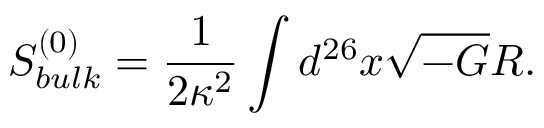
S _ { b u l k } ^ { ( 0 ) } = { \frac { 1 } { 2 \kappa ^ { 2 } } } \int d ^ { 2 6 } x \sqrt { - G } R .